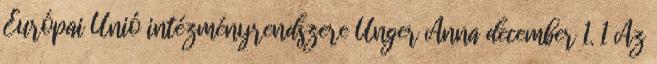
Európai Unió intézményrendszere Unger Anna december 1. 1 Az